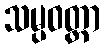
သမ္ပဝတ္တာ